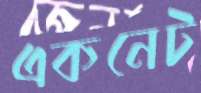
একনেট